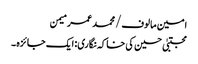
امین مالوف/ محمد عمر میمن
مجتبیٰ حسین کی خاکہ نگاری: ایک جائزہ ۔